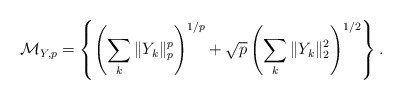
\begin{align*}\mathcal{M}_{Y,p} = \left\{ \left(\sum_k \|Y_k\|_p^p \right)^{1/p} + \sqrt{p} \left(\sum_k \|Y_k\|_2^2 \right)^{1/2} \right\}.\end{align*}